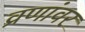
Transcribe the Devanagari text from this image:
व्रणांवर